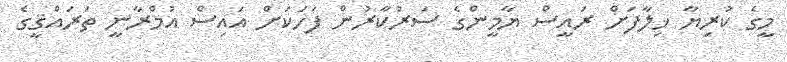
މީގެ ކުރިޔާ ޚިލާފަށް ރައީސް ޔާމީންގެ ސަރުކާރުން ފަހަކަށް އައިސް އުމްރާނީ ތަރައްޤީގެ